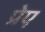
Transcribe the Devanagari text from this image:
प्रेए